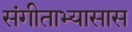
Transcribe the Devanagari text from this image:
संगीताभ्यासास